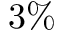
3 \%